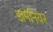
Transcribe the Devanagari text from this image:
डामेनियर